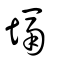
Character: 塥